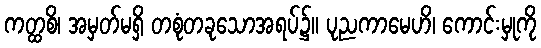
ကတ္ထစိ၊ အမှတ်မရှိ တစုံတခုသောအရပ်၌။ ပုညကာမေဟိ၊ ကောင်းမှုကို